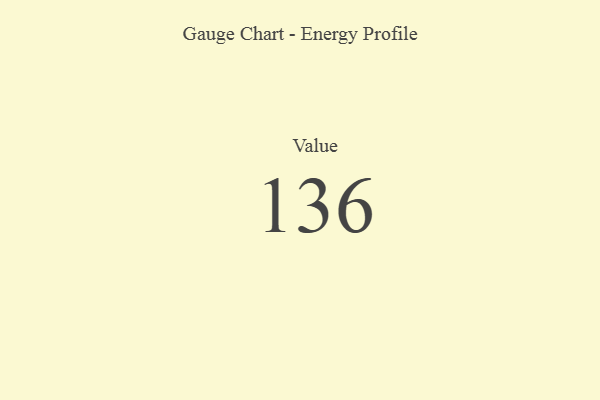
{"axis": {"x": "Metric", "y": "Value"}, "legend": [""], "data": [{"x": "Value", "y": 136, "type": ""}]}